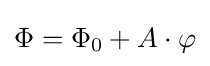
\Phi =\Phi _{0}+A\cdot \varphi